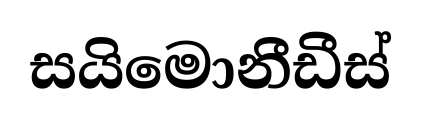
සයිමොනීඩීස්